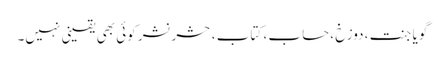
گویا جنت ، دوزخ ، حساب ، کتاب ، حشر نشر کوئی بھی یقینی نہیں۔